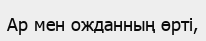
Ар мен ожданның өрті,